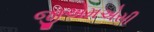
જીએમએસી